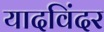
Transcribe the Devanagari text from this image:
यादविंदर